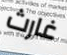
غارث